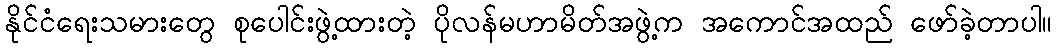
နိုင်ငံရေးသမားတွေ စုပေါင်းဖွဲ့ထားတဲ့ ပိုလန်မဟာမိတ်အဖွဲ့က အကောင်အထည် ဖော်ခဲ့တာပါ။